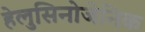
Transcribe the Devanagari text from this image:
हेलुसिनोजेनिक